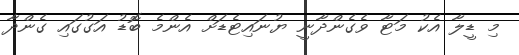
މި ޑީލާ އެކު މަޓާ ވެގެންދާނީ ޔުނައިޓެޑަށް އެންމެ ބޮޑު އަގުގައި ގެންދާ